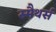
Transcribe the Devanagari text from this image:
स्मैथर्स